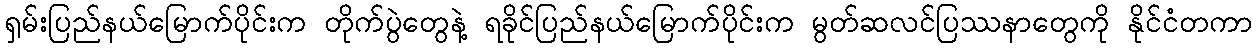
ရှမ်းပြည်နယ်မြောက်ပိုင်းက တိုက်ပွဲတွေနဲ့ ရခိုင်ပြည်နယ်မြောက်ပိုင်းက မွတ်ဆလင်ပြဿနာတွေကို နိုင်ငံတကာ